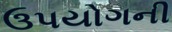
ઉપયોગની